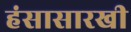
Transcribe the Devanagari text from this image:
हंसासारखी